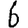
Digit: 6